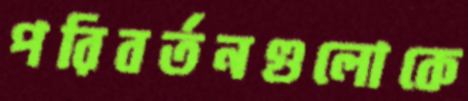
পরিবর্তনগুলোকে